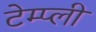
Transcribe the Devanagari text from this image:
टेम्प्ली